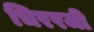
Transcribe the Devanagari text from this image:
चिररजी